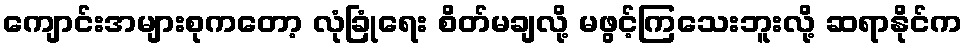
ကျောင်းအများစုကတော့ လုံခြုံရေး စိတ်မချလို့ မဖွင့်ကြသေးဘူးလို့ ဆရာနိုင်က